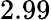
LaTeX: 2.99